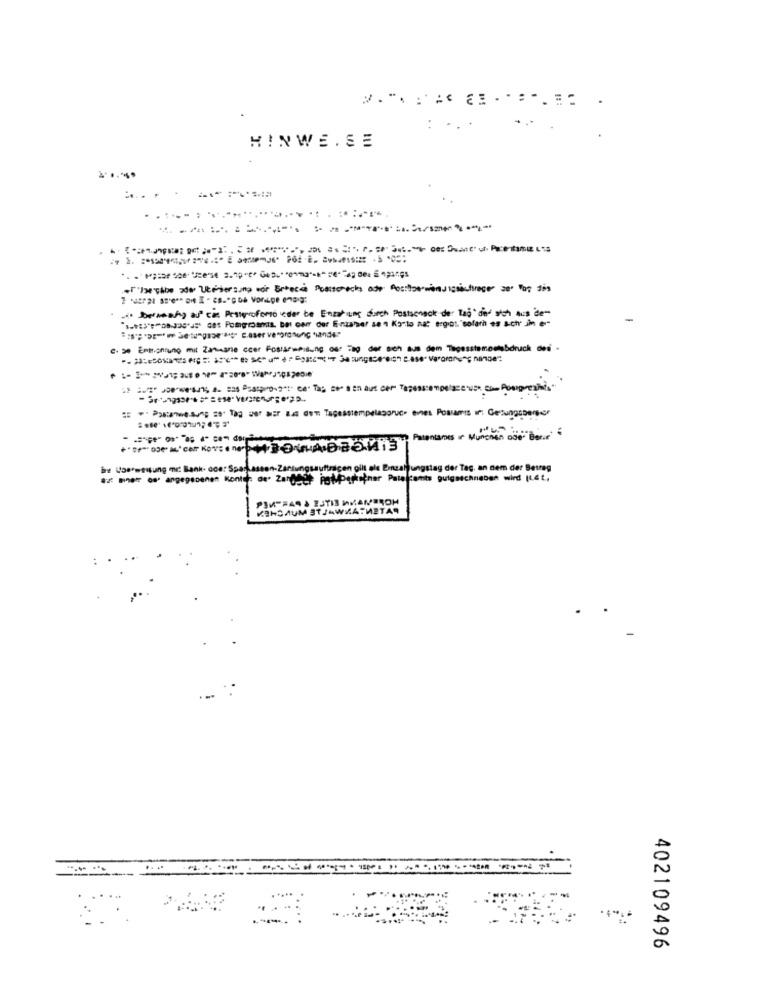
...
HINWE.SE
...... ................... . .......
.i. Joeweah) aus ci: Pestroforso icder be Enzahlung durch Postscheck der Tag' dod sich aus de-
c. se Entrantung mit Zamane coer Fosseweisung our Tag der sich aus dem Tagesstemostabdruck des .
Parentames in Munchen off"Basic"
It sie Einzahlungstag der Tag, an dem der Betrag
KINDAUM 3TJAWHATWETA
-
402109496